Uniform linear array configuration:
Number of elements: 48
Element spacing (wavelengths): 0.75
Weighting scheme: kaiser
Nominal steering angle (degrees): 45
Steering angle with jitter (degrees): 46.892
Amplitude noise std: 0.05
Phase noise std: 0.05

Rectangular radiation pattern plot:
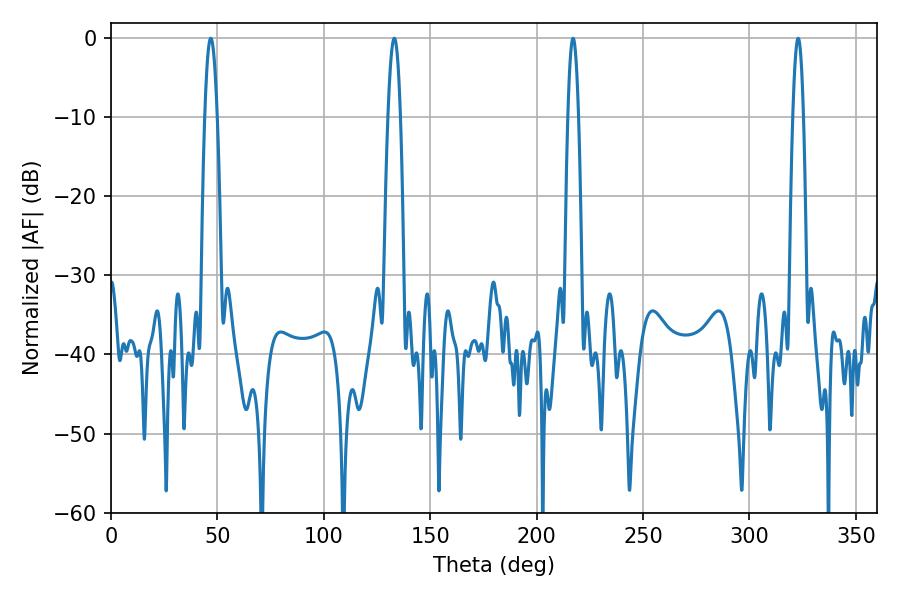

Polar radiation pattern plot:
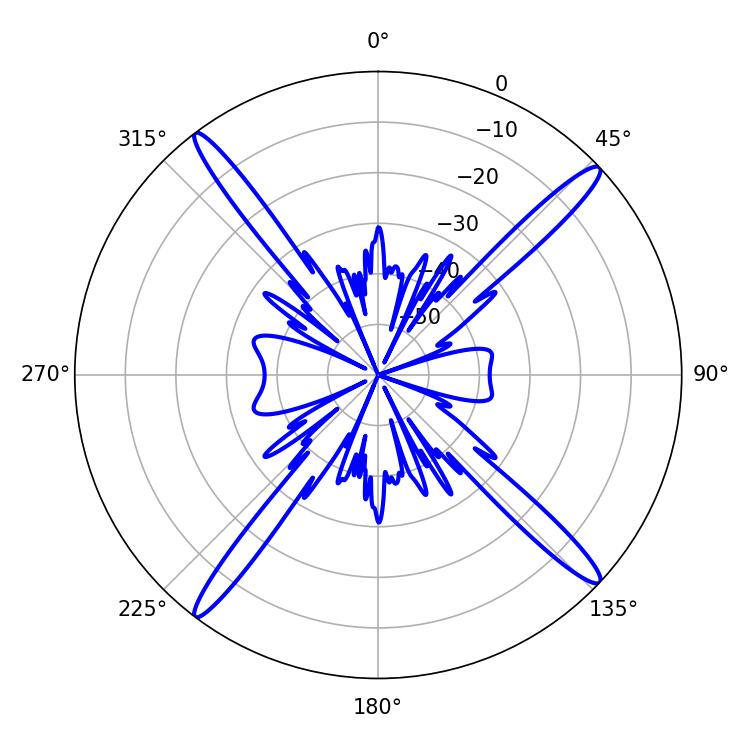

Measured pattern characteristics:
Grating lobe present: TRUE
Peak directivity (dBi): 18.848
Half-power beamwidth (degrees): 2.7
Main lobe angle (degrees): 217.08